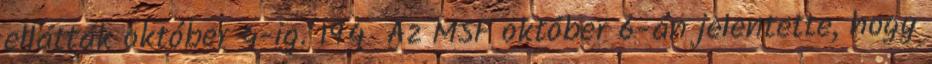
ellátták október 4-ig. 194 Az MSF október 6-án jelentette, hogy